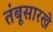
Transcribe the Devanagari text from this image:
तंबूसारखे